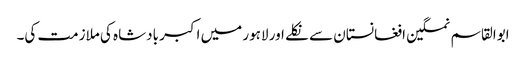
ابوالقاسم نمکین افغانستان سے نکلے اور لاہور میں اکبر بادشاہ کی ملازمت کی۔